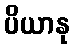
ပိယာနု